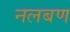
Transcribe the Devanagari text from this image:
नलबण